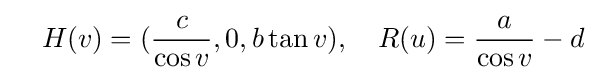
\quad H(v)=({\frac {c}{\cos v}},0,b\tan v),\quad R(u)={\frac {a}{\cos v}}-d\